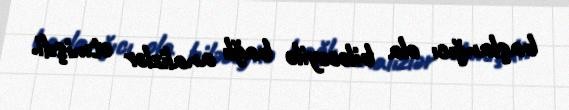
başlanğıcı ola biləcəyilə bağlı analizlər etmişdi.